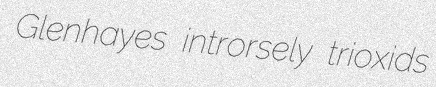
Glenhayes introrsely trioxids